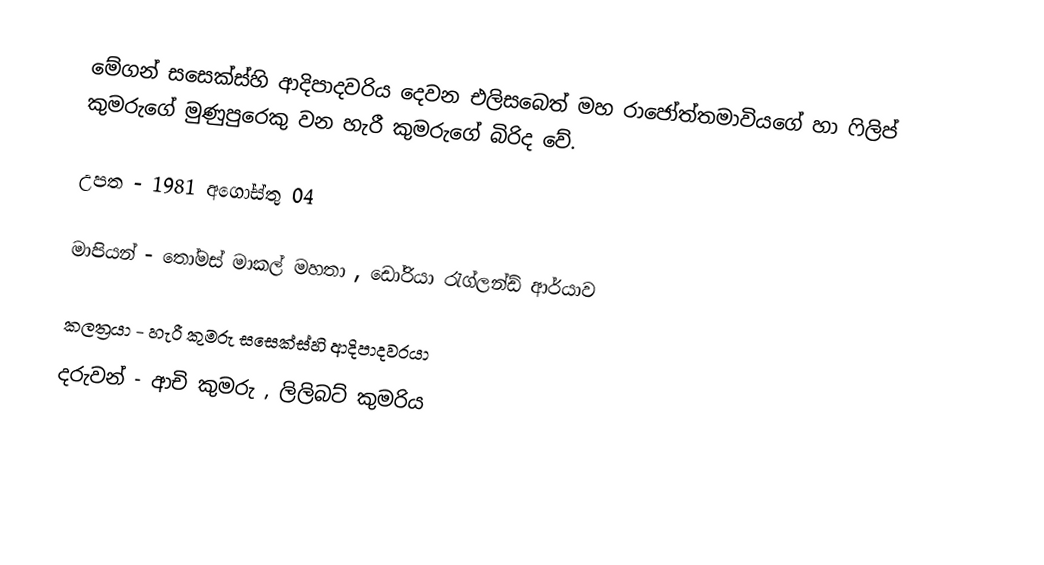
මේගන් සසෙක්ස්හි ආදිපාදවරිය දෙවන එලිසබෙත් මහ රාජෝත්තමාවියගේ හා ෆිලිප් කුමරුගේ මුණුපුරෙකු වන හැරී කුමරුගේ බිරිද වේ.

උපත - 1981 අගෝස්තු 04

මාපියන් - තෝමස් මාකල් මහතා , ඩෝරියා රැග්ලන්ඩ් ආර්යාව

කලත්‍රයා - හැරී කුමරු සසෙක්ස්හි ආදිපාදවරයා
දරුවන් - ආචි කුමරු , ලිලිබට් කුමරිය